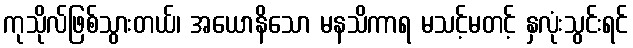
ကုသိုလ်ဖြစ်သွားတယ်၊ အယောနိသော မနသိကာရ မသင့်မတင့် နှလုံးသွင်းရင်